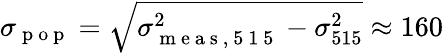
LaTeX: \sigma_{\mathrm{~p~o~p~}}=\sqrt{\sigma_{\mathrm{~m~e~a~s~,~5~1~5~}}^{2}-\sigma_{515}^{2}}\approx 160